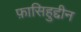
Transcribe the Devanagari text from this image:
फ़ासिहुद्दीन